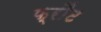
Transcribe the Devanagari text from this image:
फ्रौंट